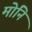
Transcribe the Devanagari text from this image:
मोनि